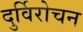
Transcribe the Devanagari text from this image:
दुर्विरोचन